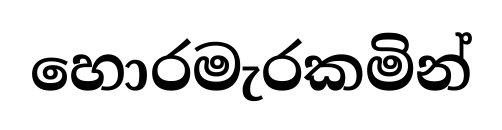
හොරමැරකමින්